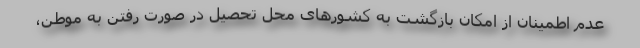
عدم اطمینان از امکان بازگشت به کشورهای محل تحصیل در صورت رفتن به موطن،